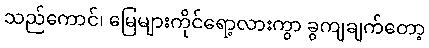
သည်ကောင်၊ မြေများကိုင်ရော့လားကွာ ခွကျချက်တော့